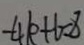
- 4 k + 6 = 8